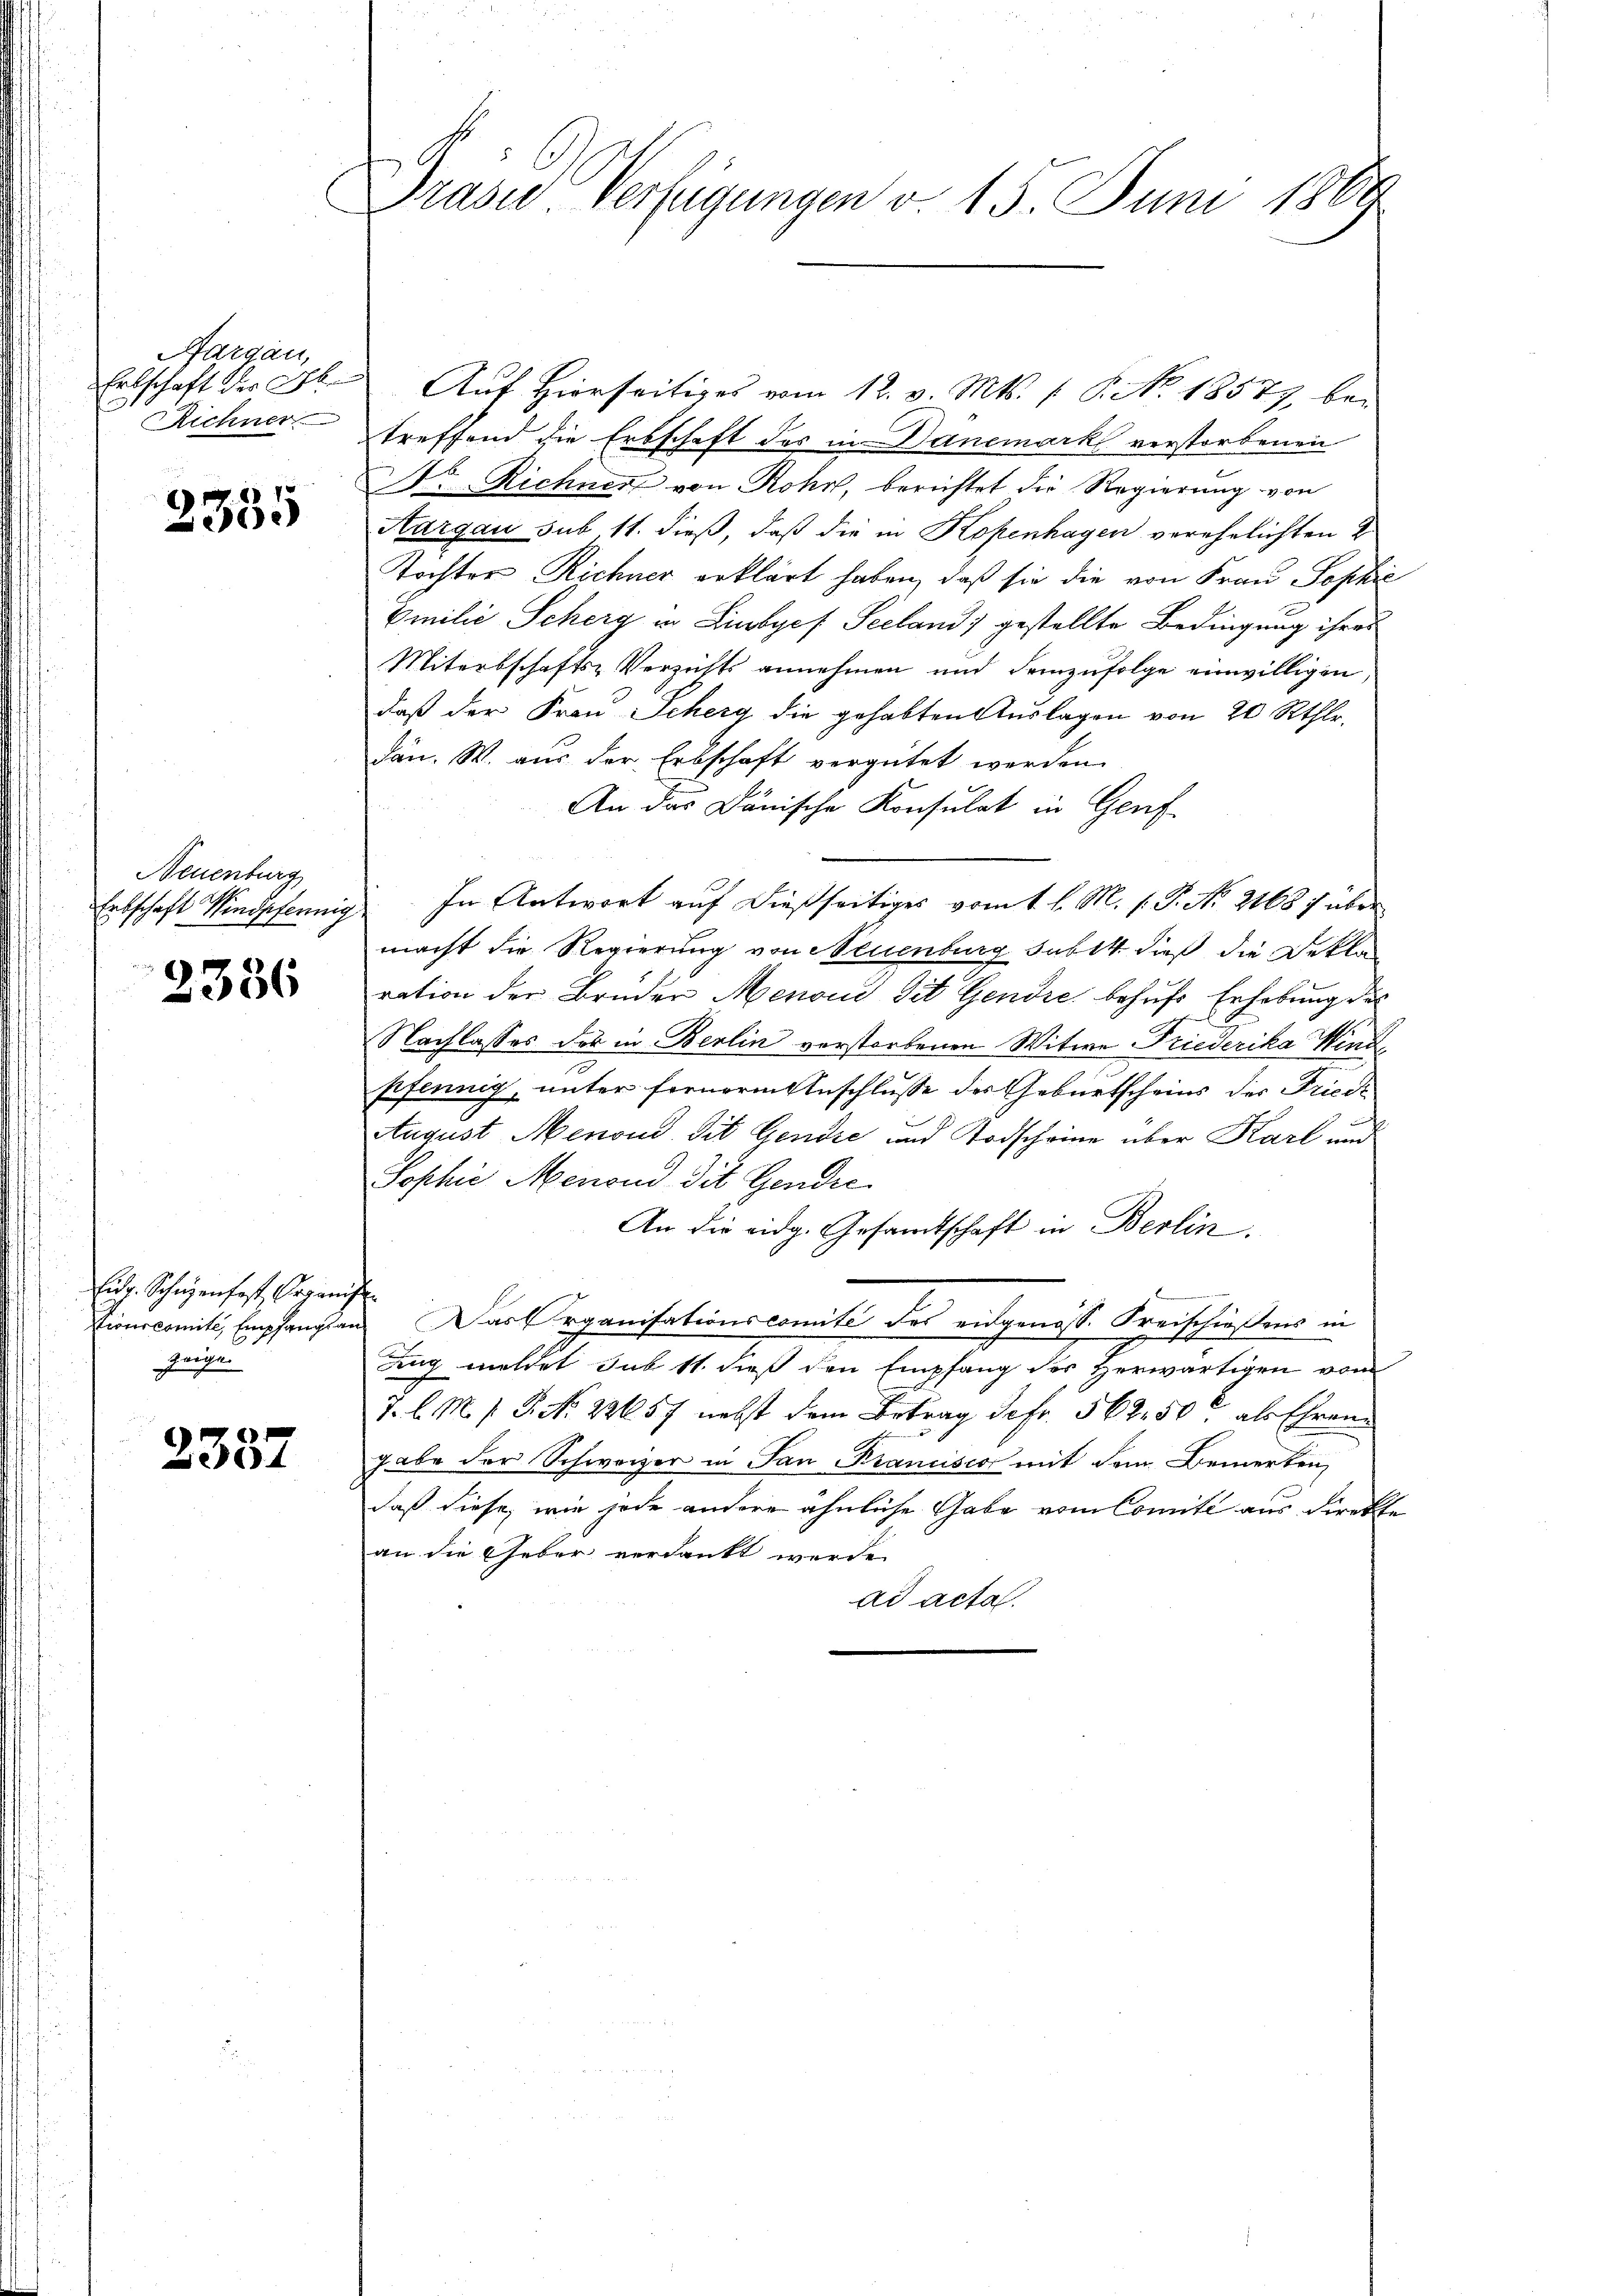
Aargau,
Erbschaft der Abe
Richner

2335

Neuenburg
Entschaft Windpfennig

2336

Eid. Scheenhaft Organis
Stionscomite, Empfang an
zeige

2357

Prasie-Verfügungen v. 15. Juni 1869

Auf Hierseitiges vom 12. v. Mts. 1. P. No. 18577, bei
treffend die Erbschaft des in Danemark verstorbenen
Dr. Richner von Rohr, berichtet die Regierung von
Aargau sub 11. dieß, daß die in Kopenhagen verehelichten
Tochter Richner erklärt haben, daß sie die von Frau Sophie
Emilie Scherg in Linbyes Seeland gestellte Bedingung ihres
Miterbschafts-Verzichts annehmen und demzufolge einwilligen,
daß der Frau Scherg die gehabten Auslagen von 20 Rthlr.
dän. W. aus der Erbschaft vergütet werden.
An das Dänische Konsulat in Genf
In Antwort auf dießseitiges vom 1. l. M. h. T. No 2168 f über
macht die Regierung von Neuenburg subst dieß die Dekla
ration der Bruder Menoud Tit. Gendre behufs Erhebung des
Nachlasses der in Berlin verstorbenen Witwe Friederika Wind
pfennig, unter fernerm Anschlusse des Geburtscheins der Friedi
August Menoud Tit Gendre und Todscheine über Karl und
Sophie Menoud Tit. Gendie
An die eidg. Gesandtschaft in Berlin.
Das Organisationscomité des eidgenoss. Kreischießens in
ding meldet sub 11. dieß den Empfang des Herwärtigen vom
J. l. M. P. P. Nr. 22657 nebst dem Betrag defr. 562, 50 als Ehren
gabe der Schweizer in Pan Krancisco mit dem Bemerken,
daß diese, wie jede andere ähnliche Gabe vom Comite aus direkte
an die Geber verdankt werde.
ad acta.